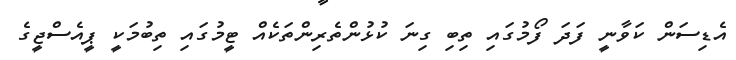
އެޑިސަން ކަވާނީ ފަދަ ފޯމުގައި ތިބި ގިނަ ކުޅުންތެރިންތަކެއް ޓީމުގައި ތިބުމަކީ ޕީއެސްޖީގެ